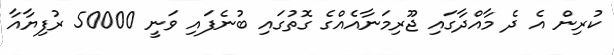
ކުރިން އެ ދެ މާއްދާގައި ޖޫރިމަނާއެއްގެ ގޮތުގައި ބުނެފައި ވަނީ 50000 ރުފިޔާއާ